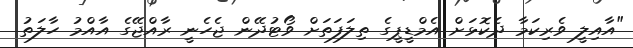
"އާއިލީ ވެރިކަމާ ދެކޮޅަށް އެމްޑީޕީގެ ތިލަފަތަށް ވޯޓުދޭން ޖެހެނީ ރާއްޖޭގެ އާއްމު ހާލަތު